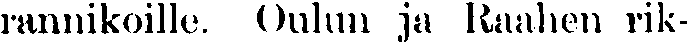
rannikoille. Oulun ja Raahen rik-